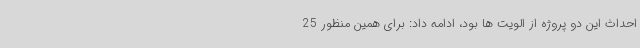
احداث این دو پروژه از الویت ها بود، ادامه داد: برای همین منظور 25